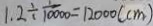
1 . 2 \div \frac { 1 } { 1 0 0 0 0 } = 1 2 0 0 0 ( c m )